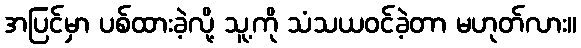
အပြင်မှာ ပစ်ထားခဲ့လို့ သူ့ကို သံသယဝင်ခဲ့တာ မဟုတ်လား။